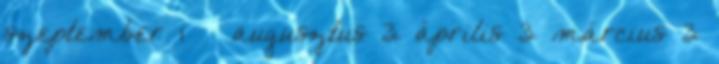
szeptember 1 ▼ augusztus 3 április 3 március 3